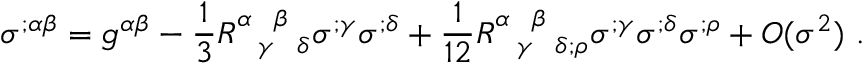
\sigma ^ { ; \alpha \beta } = g ^ { \alpha \beta } - \frac { 1 } { 3 } R _ { ~ ~ \gamma ~ ~ \delta } ^ { \alpha ~ ~ \beta ~ ~ } \sigma ^ { ; \gamma } \sigma ^ { ; \delta } + \frac { 1 } { 1 2 } R _ { ~ ~ \gamma ~ ~ \delta ; \rho } ^ { \alpha ~ ~ \beta ~ ~ } \sigma ^ { ; \gamma } \sigma ^ { ; \delta } \sigma ^ { ; \rho } + O ( \sigma ^ { 2 } ) ~ .